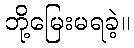
ဘို့မြေးမရခဲ့။